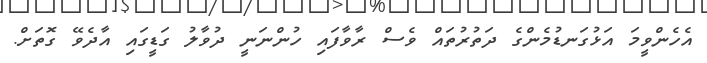
އެހެންވީމަ އަޅުގަނޑުމެންގެ ދަތުރުތައް ވެސް ރާވާފައި ހުންނަނީ ދުވާލު ގަޑީގައި އާދެވޭ ގޮތަށް.